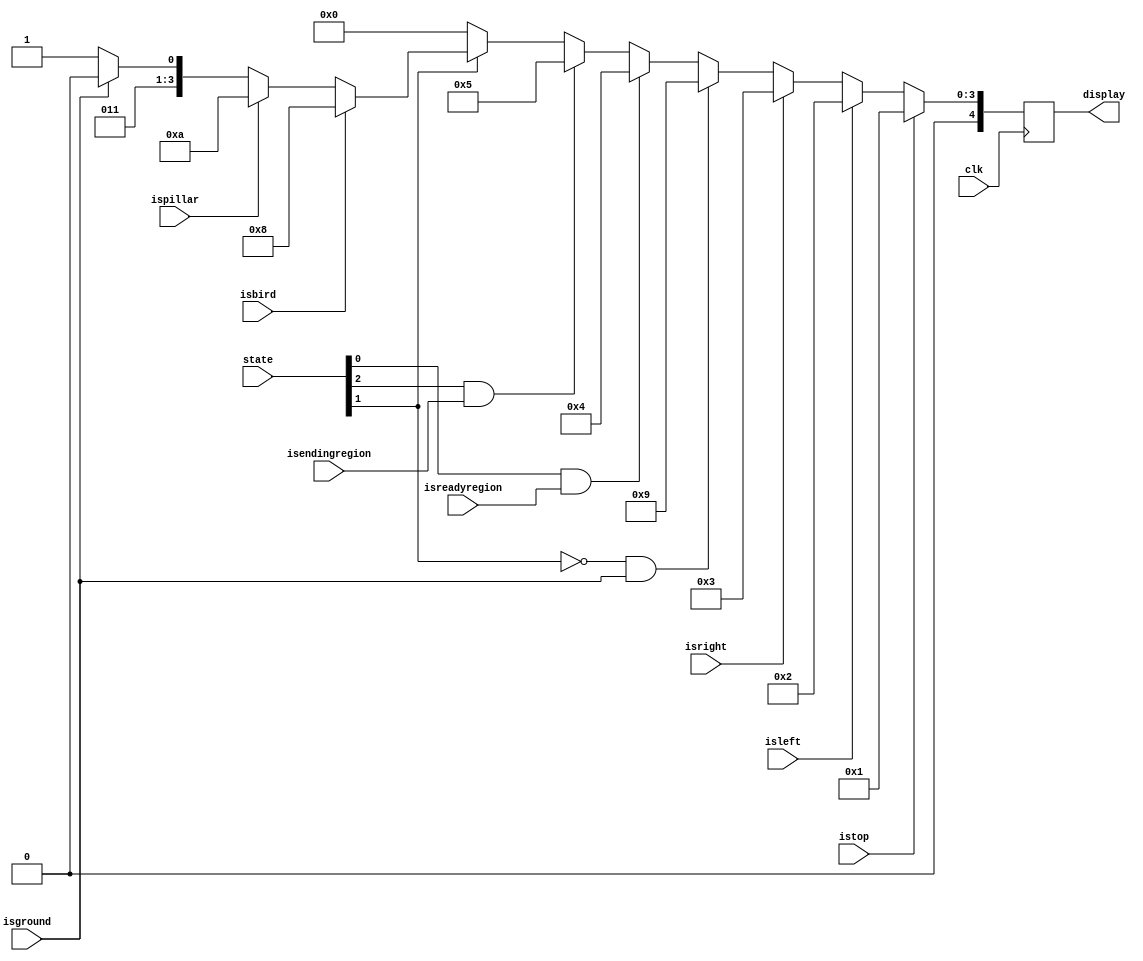
`timescale 1ns / 1ps
module display(
    input clk,
    input istop,
    input isground,
    input isreadyregion,
    input isendingregion,
    input isleft,
    input isright,
    input isbird,
    input ispillar,
    input [2:0] state,
    output reg [4:0] display
    );
    
    // mode 0 is defalt display black, in case of edge
    
    always@(posedge clk) begin
        if(istop) display <= 5'd1;  // always display
        else if(isleft) display <= 5'd2;    // always has, left bar
        else if(isright) display <= 5'd3;   // always has, right bar
        else if(!state[1] && isground) display <= 5'd9;   // always has, bottom, but at playing is under ghost
        else if(state[0] && isreadyregion) display <= 5'd4;     // else if ready state and in ready pic
        else if(state[2] && isendingregion) display <= 5'd5;    // else if ready state and in ending pic
        else if(state[1]) begin // when playing
            if(isbird) display <= 5'd8; // bird
            else if(ispillar) display <= 5'd10; // pillar above ground
            else if(isground) display <= 5'd6;   // ground should be under bird
            else display <= 5'd7;    // playing background
        end
        else display <= 5'd0;   // default black
    end
endmodule